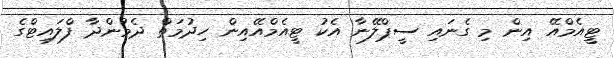
ޓީއެމްއޭ އިން މި ގެނައި ސީޕްލޭނާ އެކު ޓީއެމްއޭއިން ހިދުމަތް ދެމުންދާ ފްލައިޓްގެ